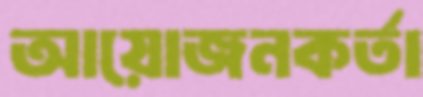
আয়োজনকর্তা